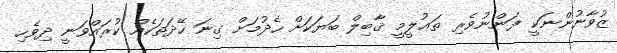
ޒުވާނުންނަކީ ފަންނުވެރި ތަޢުލީމީ ޤާބިލް ބަޔަކަށް ހެދުމަށް ގިނަ ހޭދަތަކެއް ކުރައްވަނީ ދިވެހި